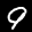
Label: 9